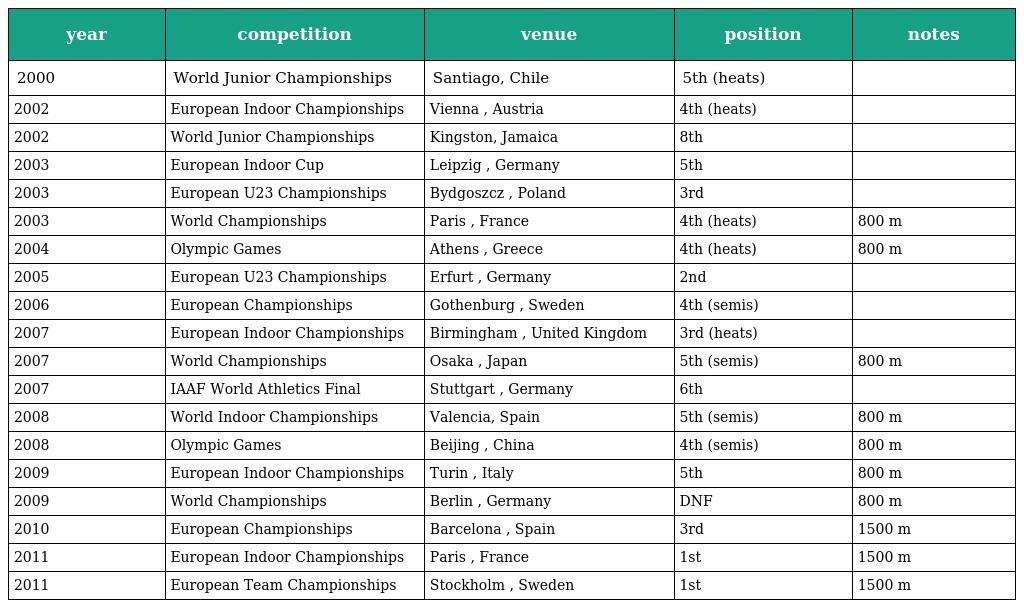
| year | competition | venue | position | notes |
 | --- | --- | --- | --- | --- |
 | 2000 | World Junior Championships | Santiago, Chile | 5th (heats) |  |
 | 2002 | European Indoor Championships | Vienna , Austria | 4th (heats) |  |
 | 2002 | World Junior Championships | Kingston, Jamaica | 8th |  |
 | 2003 | European Indoor Cup | Leipzig , Germany | 5th |  |
 | 2003 | European U23 Championships | Bydgoszcz , Poland | 3rd |  |
 | 2003 | World Championships | Paris , France | 4th (heats) | 800 m |
 | 2004 | Olympic Games | Athens , Greece | 4th (heats) | 800 m |
 | 2005 | European U23 Championships | Erfurt , Germany | 2nd |  |
 | 2006 | European Championships | Gothenburg , Sweden | 4th (semis) |  |
 | 2007 | European Indoor Championships | Birmingham , United Kingdom | 3rd (heats) |  |
 | 2007 | World Championships | Osaka , Japan | 5th (semis) | 800 m |
 | 2007 | IAAF World Athletics Final | Stuttgart , Germany | 6th |  |
 | 2008 | World Indoor Championships | Valencia, Spain | 5th (semis) | 800 m |
 | 2008 | Olympic Games | Beijing , China | 4th (semis) | 800 m |
 | 2009 | European Indoor Championships | Turin , Italy | 5th | 800 m |
 | 2009 | World Championships | Berlin , Germany | DNF | 800 m |
 | 2010 | European Championships | Barcelona , Spain | 3rd | 1500 m |
 | 2011 | European Indoor Championships | Paris , France | 1st | 1500 m |
 | 2011 | European Team Championships | Stockholm , Sweden | 1st | 1500 m |